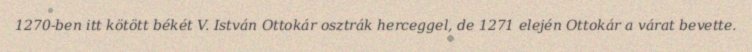
1270-ben itt kötött békét V. István Ottokár osztrák herceggel, de 1271 elején Ottokár a várat bevette.